Civil Veterinary Department Bihar & Orissa reports 1911-21 - 1911-1921
Year: 1911
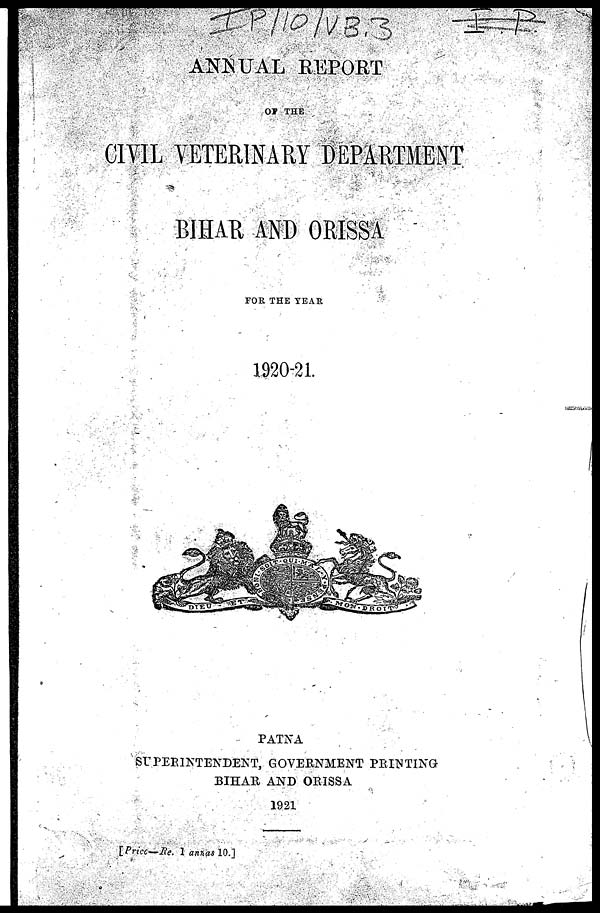
ANNUAL REPORT
OF THE
CIVIL VETERINARY DEPARTMENT
BIHAR AND ORISSA
FOR THE YEAR
1920-21.
PATNA
SUPERINTENDENT, GOVERNMENT PRINTING
BIHAR AND ORISSA
1921
[Price—Re. 1 annas 10.]